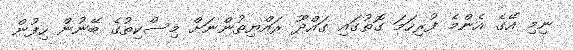
ނިމި އޭގެ އެންމެ ފުރިހަމަ ގޮތުގައި ގައްދޫ ރައްޔިތުންނަށް މިސްކިތުގެ ބޭނުން ހިފުން